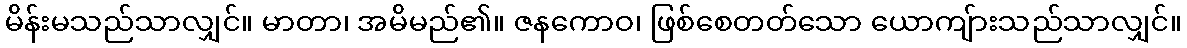
မိန်းမသည်သာလျှင်။ မာတာ၊ အမိမည်၏။ ဇနကောဝ၊ ဖြစ်စေတတ်သော ယောကျ်ားသည်သာလျှင်။